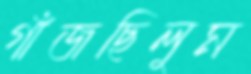
গাঁজছিলুম